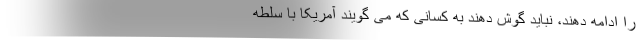
را ادامه دهند، نباید گوش دهند به کسانی که می گویند آمریکا با سلطه